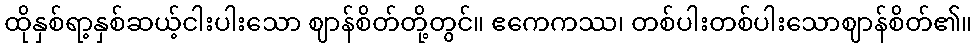
ထိုနှစ်ရာ့နှစ်ဆယ့်ငါးပါးသော ဈာန်စိတ်တို့တွင်။ ဧကေကဿ၊ တစ်ပါးတစ်ပါးသောဈာန်စိတ်၏။